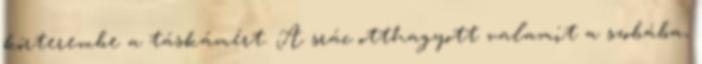
kórterembe a táskámért. A srác otthagyott valamit a szobába,